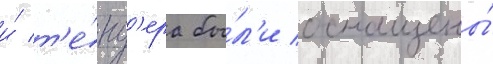
и́ т'е́нд'ера бы́л'и оснащены́